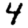
Digit: 4